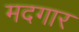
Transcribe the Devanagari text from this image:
मदगार